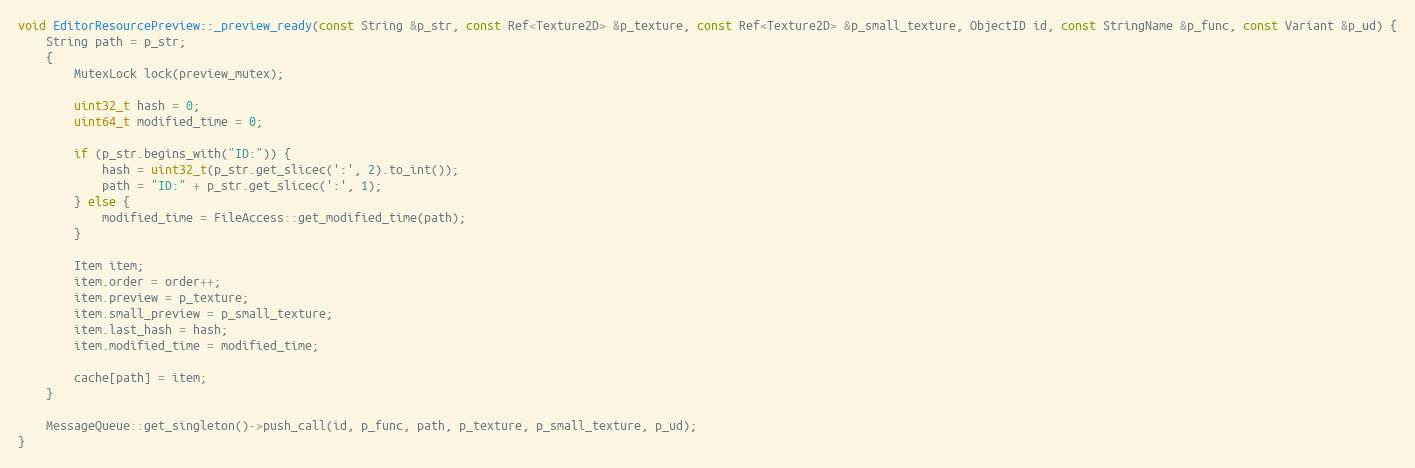
Language: C++
void EditorResourcePreview::_preview_ready(const String &p_str, const Ref<Texture2D> &p_texture, const Ref<Texture2D> &p_small_texture, ObjectID id, const StringName &p_func, const Variant &p_ud) {
	String path = p_str;
	{
		MutexLock lock(preview_mutex);

		uint32_t hash = 0;
		uint64_t modified_time = 0;

		if (p_str.begins_with("ID:")) {
			hash = uint32_t(p_str.get_slicec(':', 2).to_int());
			path = "ID:" + p_str.get_slicec(':', 1);
		} else {
			modified_time = FileAccess::get_modified_time(path);
		}

		Item item;
		item.order = order++;
		item.preview = p_texture;
		item.small_preview = p_small_texture;
		item.last_hash = hash;
		item.modified_time = modified_time;

		cache[path] = item;
	}

	MessageQueue::get_singleton()->push_call(id, p_func, path, p_texture, p_small_texture, p_ud);
}